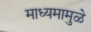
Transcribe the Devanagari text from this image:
माध्यमामुळे